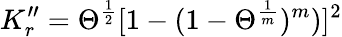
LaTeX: K_{r}^{\prime\prime}=\Theta^{\frac{1}{2}}[1-(1-\Theta^{\frac{1}{m}})^{m})]^{2}